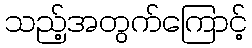
သည့်အတွက်ကြောင့်